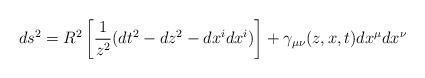
LaTeX: \begin{align*}ds^2=R^2\left[{1\over z^2}(dt^2 - dz^2 - dx^i dx^i) \right]+ \gamma_{\mu \nu}(z,x,t)dx^{\mu}dx^{\nu}\end{align*}